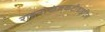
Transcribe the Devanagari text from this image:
राइनोकंजकटीवाइटिस